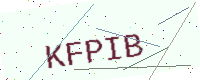
Text: KFPIB